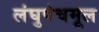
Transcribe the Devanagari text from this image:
लंघुपंचमूल